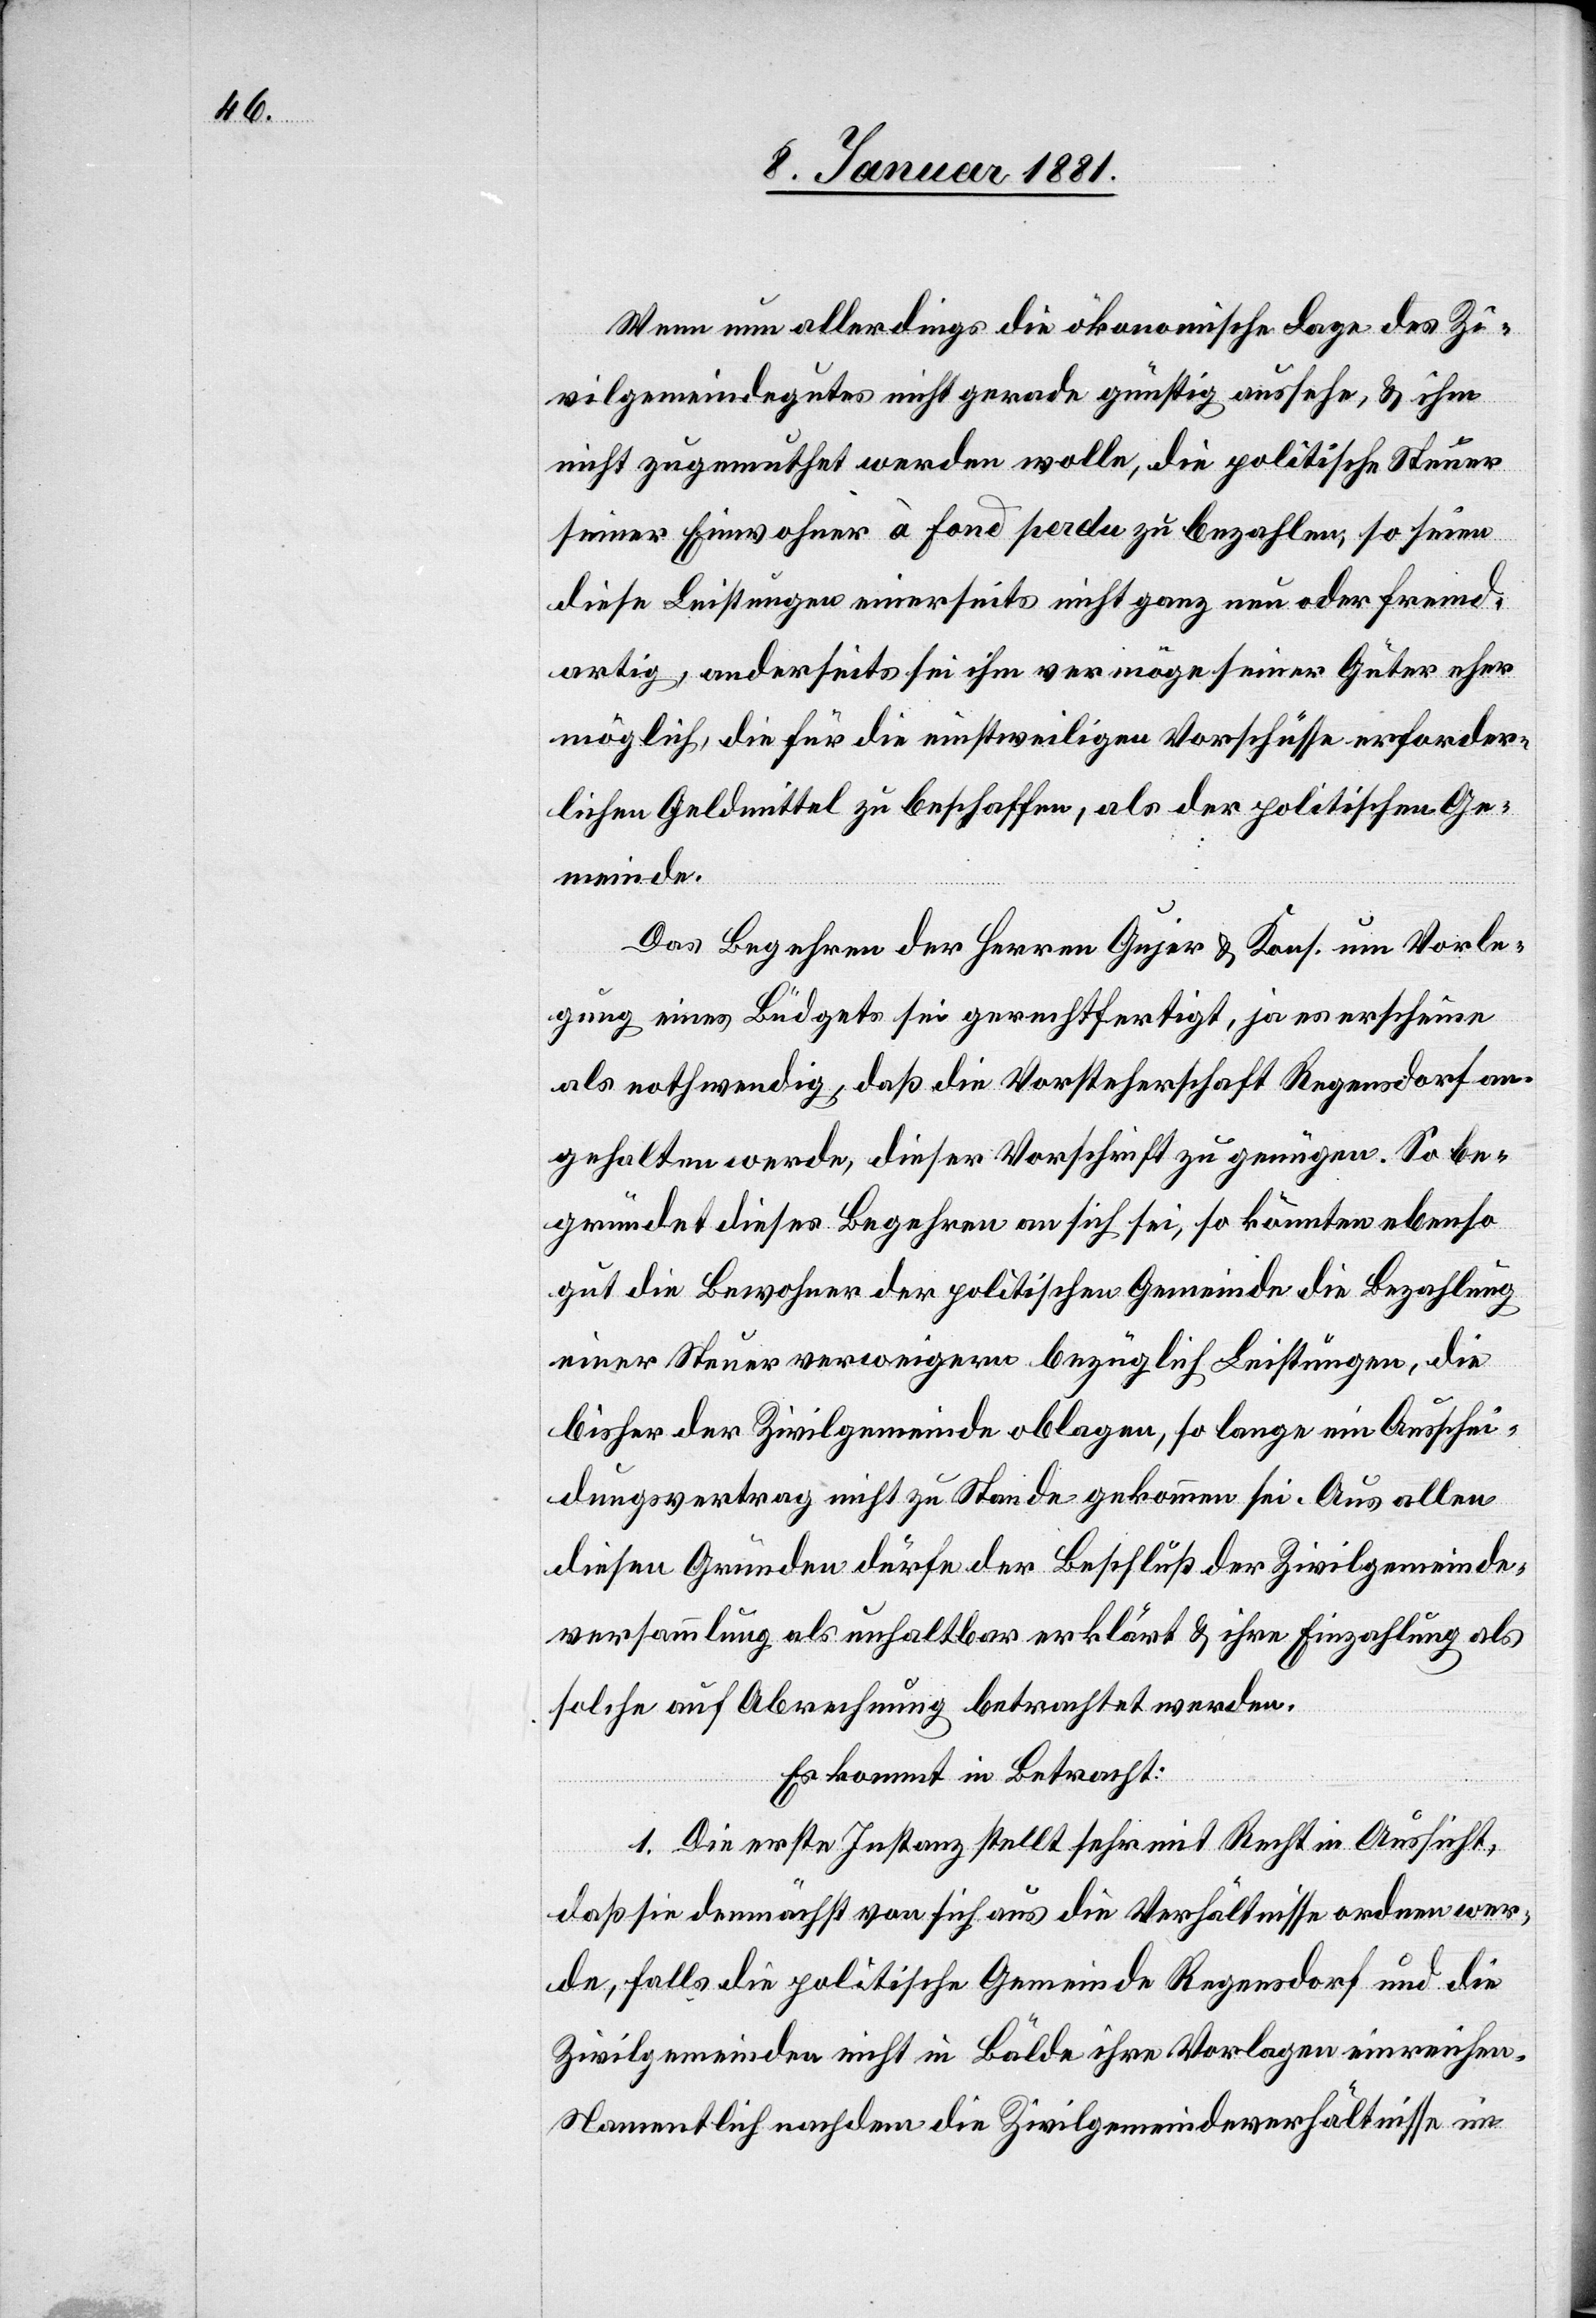
Wenn nun allerdings die ökonomische Lage des Zi¬
vilgemeindegutes nicht gerade günstig aussehe, & ihm
nicht zugemuthet werden wolle, die politische Steuer
seiner Einwohner à fond perdu zu bezahlen, so seien
diese Leistungen einerseits nicht ganz neu oder fremd¬
artig, anderseits sei ihm vermöge seiner Güter eher
möglich, die für die einstweiligen Vorschüsse erforder¬
lichen Geldmittel zu beschaffen, als der politischen Ge¬
meinde.
Das Begehren der Herren Gujer & Kons. um Vorle¬
gung eines Büdgets sei gerechtfertigt, ja es erscheine
als nothwendig, daß die Vorsteherschaft Regensdorf an¬
gehalten werde dieser Vorschrift zu genügen. So be¬
gründet dieses Begehren an sich sei, so könnten ebenso
gut die Bewohner der politischen Gemeinde die Bezahlung
einer Steuer verweigern bezüglich Leistungen, die
bisher der Zivilgemeinde obliegen, so lange ein Ausschei¬
dungsvertrag nicht zu Stande gekommen sei. Aus allen
diesen Gründen dürfe der Beschluß der Zivilgemeinde¬
versammlung als unhaltbar erklärt & ihre Einzahlung als
solche auf Abrechnung betrachtet werden.
Es kommt in Betracht:
1. Die erste Instanz stellt sehr mit Recht in Aussicht,
daß sie demnächst von sich aus die Verhältnisse ordnen wer¬
de. Falls die politische Gemeinde Regensdorf und die
Zivilgemeinden nicht in Bälde ihre Vorlagen einreichen.
Namentlich nachdem die Zivilgemeindeverhältnisse im